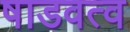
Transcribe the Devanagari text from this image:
षाडवत्व